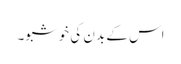
اس کے بدن کی خوشبو۔